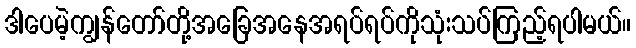
ဒါပေမဲ့ကျွန်တော်တို့အခြေအနေအရပ်ရပ်ကိုသုံးသပ်ကြည့်ရပါမယ်။